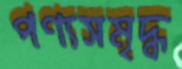
পণ্যসমৃদ্ধ